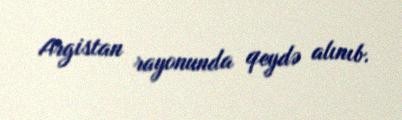
Argistan rayonunda qeydə alınıb.